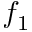
f _ { 1 }